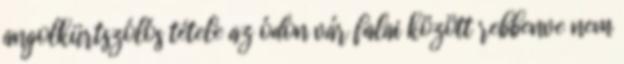
angolkürtszólós tétele az ódon vár falai között rebbenve nem